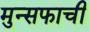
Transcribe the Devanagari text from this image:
मुन्सफाची